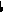
1